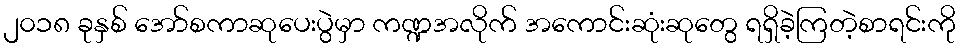
၂၀၁၈ ခုနှစ် အော်စကာဆုပေးပွဲမှာ ကဏ္ဍအလိုက် အကောင်းဆုံးဆုတွေ ရရှိခဲ့ကြတဲ့စာရင်းကို